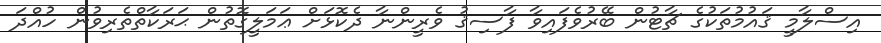
އިސްލާމީ ޤައުމުތަކުގެ ޗާޓުން ބޭރުވެފައިވާ ފާސިޤު ވެރީންނާ ދެކޮޅަށް ޢަމަލީގޮތުން ޙަރަކާތްތެރިވުން ހުއްދަ